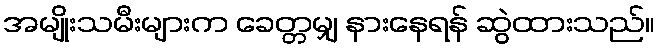
အမျိုးသမီးများက ခေတ္တမျှ နားနေရန် ဆွဲထားသည်။